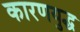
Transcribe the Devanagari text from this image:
कारणयुद्ध